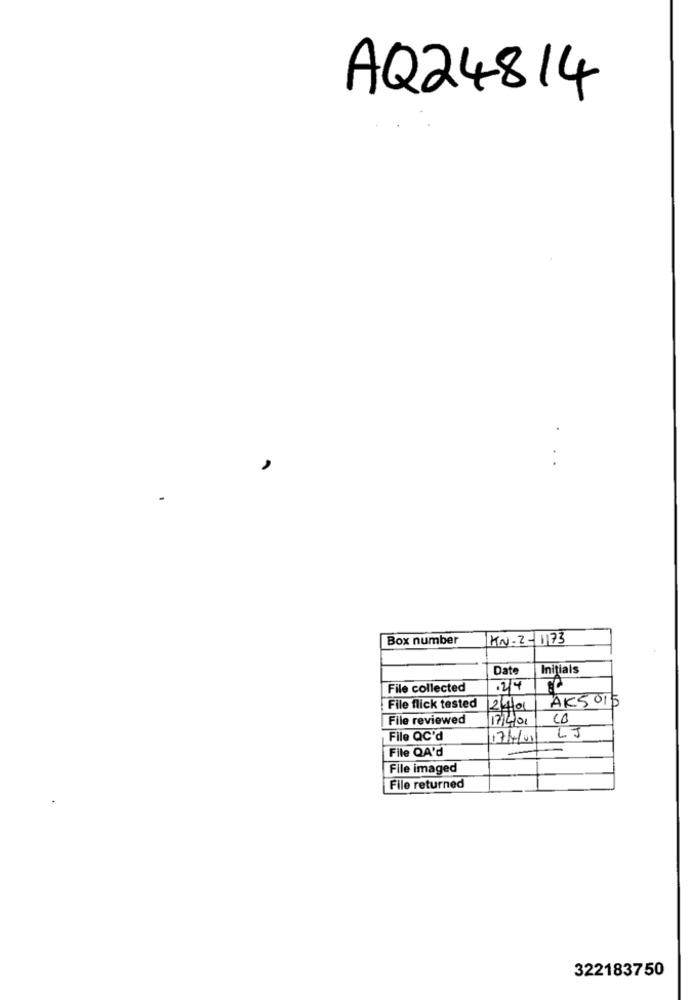
AQ24814
.
..
Box number
KN-2-1173
Date
Initials
File collected
.2/4
AK5015
File flick tested
24/01
File reviewed
File QC'd
17/4/01
LJ
File QA'd
File imaged
File returned
322183750